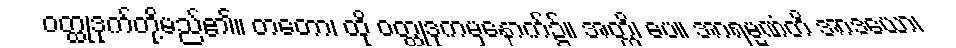
ဝတ္ထုဒုက်တို့မည်၏။ တတော၊ ထို ဝတ္ထုဒုကမှနောက်၌။ အတ္ထိ၊ ပေ။ အာရမ္မဏံတိ အာဒယော၊